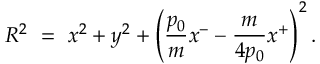
R ^ { 2 } ~ = ~ x ^ { 2 } + y ^ { 2 } + \left( { \frac { p _ { 0 } } { m } } x ^ { - } - { \frac { m } { 4 p _ { 0 } } } x ^ { + } \right) ^ { 2 } .